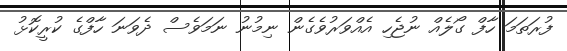
ފުރަތަމަ ހާފް ގޯލެއް ނުޖެހި އެއްވަރުވެގެން ނިމުނު ނަމަވެސް ދެވަނަ ހާފްގެ ކުރީކޮޅު